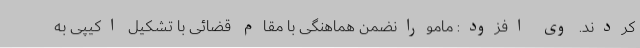
کردند. وی افزود: مامورانضمن هماهنگی با مقام قضائی با تشکیل اکیپی به